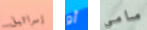
إسرائيل أو مامي